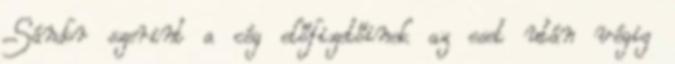
Sándor szerint a cég előfizetőinek az eset után végig